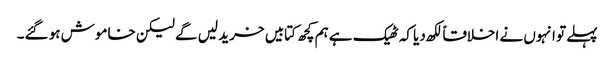
پہلے تو انہوں نے اخلاقاً لکھ دیا کہ ٹھیک ہے ہم کچھ کتابیں خرید لیں گے لیکن خاموش ہو گئے۔